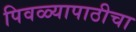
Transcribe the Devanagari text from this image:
पिवळ्यापाठीचा